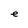
Character: e